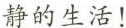
静的生活！